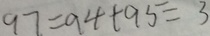
9 7 = 9 4 + 9 5 = 3